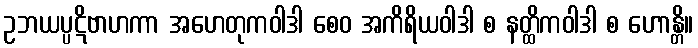
ဥဘယပ္ပဋိဗာဟကာ အဟေတုကဝါဒါ စေဝ အကိရိယဝါဒါ စ နတ္ထိကဝါဒါ စ ဟောန္တိ။